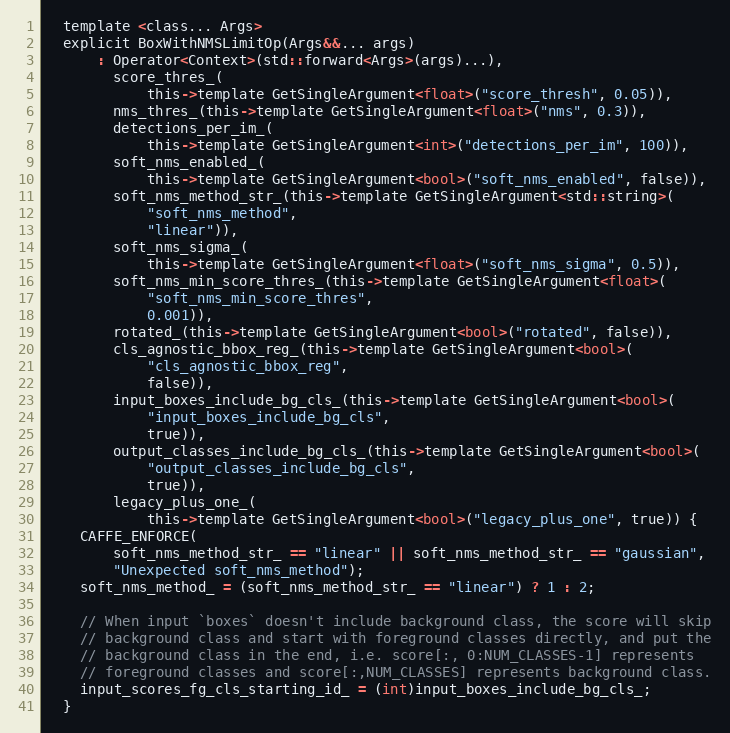
Language: C
  template <class... Args>
  explicit BoxWithNMSLimitOp(Args&&... args)
      : Operator<Context>(std::forward<Args>(args)...),
        score_thres_(
            this->template GetSingleArgument<float>("score_thresh", 0.05)),
        nms_thres_(this->template GetSingleArgument<float>("nms", 0.3)),
        detections_per_im_(
            this->template GetSingleArgument<int>("detections_per_im", 100)),
        soft_nms_enabled_(
            this->template GetSingleArgument<bool>("soft_nms_enabled", false)),
        soft_nms_method_str_(this->template GetSingleArgument<std::string>(
            "soft_nms_method",
            "linear")),
        soft_nms_sigma_(
            this->template GetSingleArgument<float>("soft_nms_sigma", 0.5)),
        soft_nms_min_score_thres_(this->template GetSingleArgument<float>(
            "soft_nms_min_score_thres",
            0.001)),
        rotated_(this->template GetSingleArgument<bool>("rotated", false)),
        cls_agnostic_bbox_reg_(this->template GetSingleArgument<bool>(
            "cls_agnostic_bbox_reg",
            false)),
        input_boxes_include_bg_cls_(this->template GetSingleArgument<bool>(
            "input_boxes_include_bg_cls",
            true)),
        output_classes_include_bg_cls_(this->template GetSingleArgument<bool>(
            "output_classes_include_bg_cls",
            true)),
        legacy_plus_one_(
            this->template GetSingleArgument<bool>("legacy_plus_one", true)) {
    CAFFE_ENFORCE(
        soft_nms_method_str_ == "linear" || soft_nms_method_str_ == "gaussian",
        "Unexpected soft_nms_method");
    soft_nms_method_ = (soft_nms_method_str_ == "linear") ? 1 : 2;

    // When input `boxes` doesn't include background class, the score will skip
    // background class and start with foreground classes directly, and put the
    // background class in the end, i.e. score[:, 0:NUM_CLASSES-1] represents
    // foreground classes and score[:,NUM_CLASSES] represents background class.
    input_scores_fg_cls_starting_id_ = (int)input_boxes_include_bg_cls_;
  }